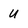
Character: U